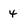
Character: 4